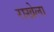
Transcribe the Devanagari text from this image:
राखेला